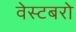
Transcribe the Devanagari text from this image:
वेस्टबरो